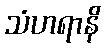
သံဟရာနိ